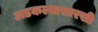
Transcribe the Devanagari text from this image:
अडकल्यासारखी